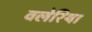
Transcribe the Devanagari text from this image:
वलेरिया